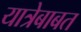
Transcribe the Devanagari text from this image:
यात्रेबाबत